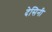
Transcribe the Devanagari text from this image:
देसिनी